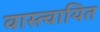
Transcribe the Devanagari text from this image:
वास्त्वायित